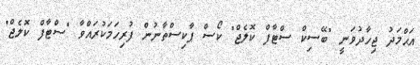
އަޙްމަދު ޖިހާދުވަނީ "ބޭސިކް ސްޓާފް ކޮލެޖް" ކޯސް ޕާކިސްތާނުން ފުރިހަމަކުރައްވާ "ސްޓާފް ކޮލެޖް"